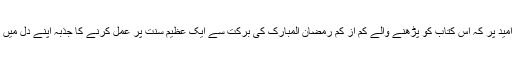
لیکن یہاں پر بالاختصار ذکر کیا جا رہا ہے بس اس امید پر کہ اس کتاب کو پڑھنے والے کم از کم رمضان المبارک کی برکت سے ایک عظیم سنت پر عمل کرنے کا جذبہ اپنے دل میں پیدا کریں اور اسے ہمیشگی برتنے کی کوشش کریں۔